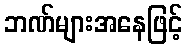
ဘဏ်များအနေဖြင့်